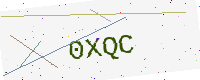
Text: 0XQC